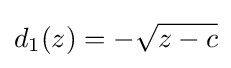
d_{1}(z)=-{\sqrt {z-c}}